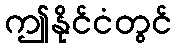
ဤနိုင်ငံတွင်